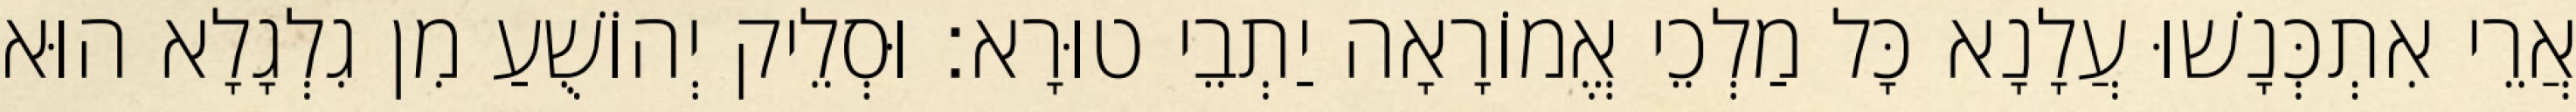
אֲרֵי אִתְכְּנָשׁוּ עֲלָנָא כָּל מַלְכֵי אֱמוֹרָאָה יַתְבֵי טוּרָא׃ וּסְלֵיק יְהוֹשֻׁעַ מִן גִלְגָלָא הוּא